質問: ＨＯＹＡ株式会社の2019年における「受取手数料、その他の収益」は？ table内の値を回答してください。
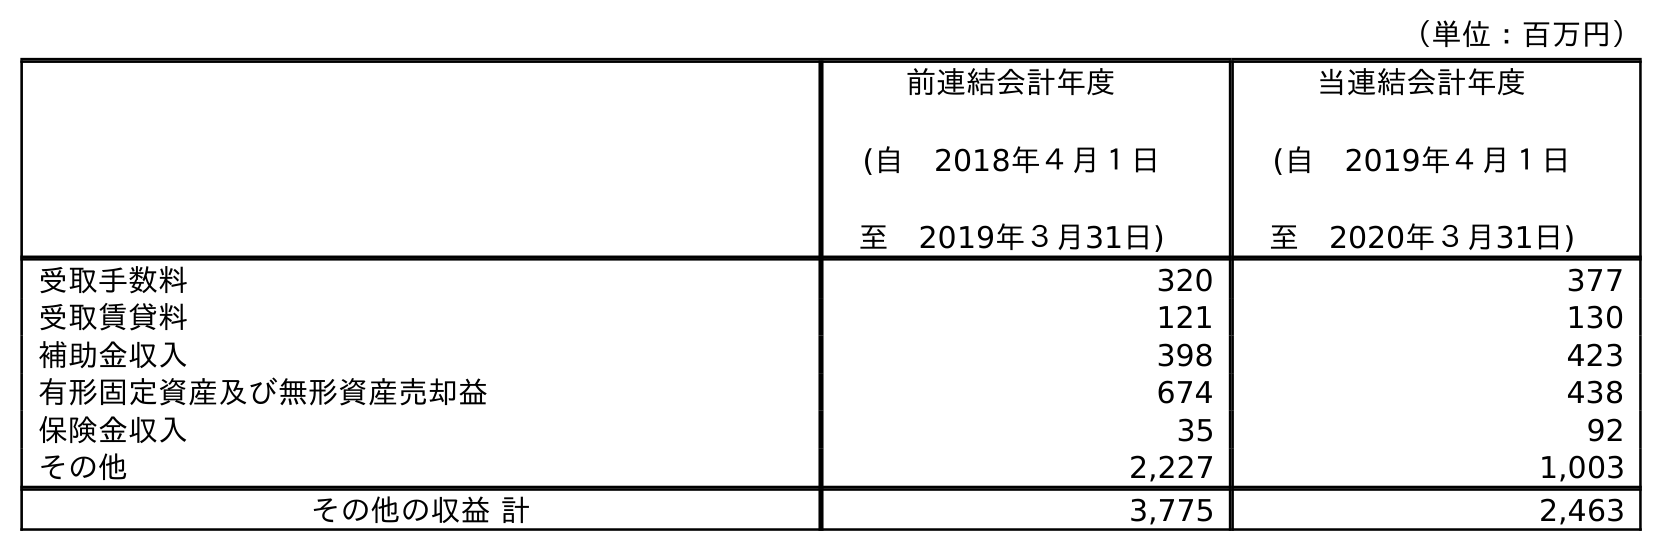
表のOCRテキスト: （単位：百万円） 前連結会計年度 (自 2018年４月１日 至 2019年３月31日) 当連結会計年度 (自 2019年４月１日 至 2020年３月31日) 受取手数料 320 377 受取賃貸料 121 130 補助金収入 398 423 有形固定資産及び無形資産売却益 674 438 保険金収入 35 92 その他 2,227 1,003 その他の収益 計 3,775 2,463
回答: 320